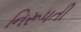
નિરૂપતી